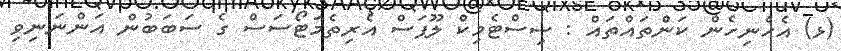
(ޅ) އެހެނިހެން ކަންތައްތައް : ސިސްޓެމިކް ލޫޕަސް އެރިތެމަޓޯސަސް ގެ ސަބަބުން އަންނަނިވި